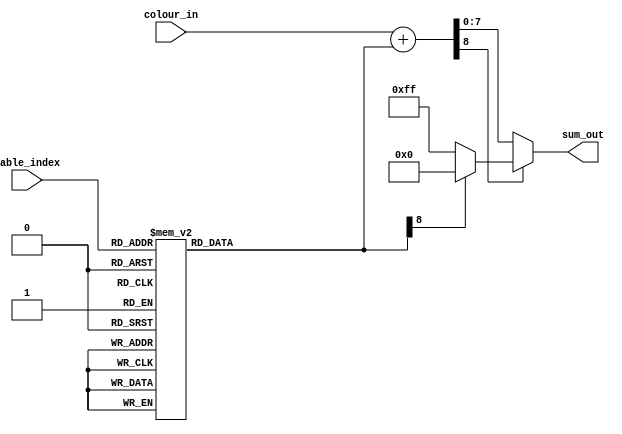
`default_nettype none

module etc1_sat_add
  (
   input [4:0]  table_index,
   input [7:0]  colour_in,
   output [7:0] sum_out);

   reg [8:0]    table_colour;

   always @(*) begin
      case(table_index)
        5'd0: table_colour = 9'd2;
        5'd1: table_colour = 9'd8;
        5'd2: table_colour = 9'd510;
        5'd3: table_colour = 9'd504;
        5'd4: table_colour = 9'd5;
        5'd5: table_colour = 9'd17;
        5'd6: table_colour = 9'd507;
        5'd7: table_colour = 9'd495;
        5'd8: table_colour = 9'd9;
        5'd9: table_colour = 9'd29;
        5'd10: table_colour = 9'd503;
        5'd11: table_colour = 9'd483;
        5'd12: table_colour = 9'd13;
        5'd13: table_colour = 9'd42;
        5'd14: table_colour = 9'd499;
        5'd15: table_colour = 9'd470;
        5'd16: table_colour = 9'd18;
        5'd17: table_colour = 9'd60;
        5'd18: table_colour = 9'd494;
        5'd19: table_colour = 9'd452;
        5'd20: table_colour = 9'd24;
        5'd21: table_colour = 9'd80;
        5'd22: table_colour = 9'd488;
        5'd23: table_colour = 9'd432;
        5'd24: table_colour = 9'd33;
        5'd25: table_colour = 9'd106;
        5'd26: table_colour = 9'd479;
        5'd27: table_colour = 9'd406;
        5'd28: table_colour = 9'd47;
        5'd29: table_colour = 9'd183;
        5'd30: table_colour = 9'd465;
        5'd31: table_colour = 9'd329;
      endcase
   end

   wire [8:0] colour_in_ext;
   reg [8:0]  sums;
   reg [7:0]  sum;

   // 0 extend - colour_in is _unsigned_!
   assign colour_in_ext = { 1'b0, colour_in };

   always @(*) begin
      sums = colour_in_ext + table_colour; // 9+9 => 9 sum
      if (sums[8] == 1'b0) // as color_in is always 'positive', a 'negative' sum must be due to over/underflow.
        sum = sums[7:0];  // truncate sum back to 8 bits.
      else
        if (table_colour[8] == 1'b0)
          sum = 8'd255;
        else
          sum = 8'd0;
   end

   assign sum_out = sum;
endmodule


module etc1_decode
  (
   input         clk,
   input         reset,
   input [63:0]  block,
   input [1:0]   x,
   input [1:0]   y,
   output [23:0] pixel);

   wire [32:0]   palette;

   assign palette = block[63:32];

   // diffbit 0
   // 4:4:4 => 8:8:8
   wire [23:0]   base0_non_diff = { palette[31:28], palette[31:28], palette[23:20], palette[23:20], palette[15:12], palette[15:12] };
   wire [23:0]   base1_non_diff = { palette[27:24], palette[27:24], palette[19:16], palette[19:16], palette[11:8],  palette[11:8] };

   // diffbit 1
   // 5:5:5
   wire [14:0]   base0_diff = { palette[31:27], palette[23:19], palette[15:11] };
   wire [23:0]   base0_diff_expanded = { base0_diff[14:10], base0_diff[14:12], base0_diff[9:5], base0_diff[9:7], base0_diff[4:0], base0_diff[4:2] };

   wire [8:0]    weights = { palette[26:24], palette[18:16], palette[10:8] }; // maybe roll into base1_diff...
   wire [14:0]   base1_diff = { base0_diff[14:10] + { weights[8], weights[8], weights[8:6] },
                                base0_diff[9:5] + { weights[5], weights[5], weights[5:3] },
                                base0_diff[4:0] + { weights[2], weights[2], weights[2:0] } };
   wire [23:0]   base1_diff_expanded = { base1_diff[14:10], base1_diff[14:12], base1_diff[9:5], base1_diff[9:7], base1_diff[4:0], base1_diff[4:2] };

   wire [23:0]   base0 = palette[1] ? base0_diff_expanded : base0_non_diff;
   wire [23:0]   base1 = palette[1] ? base1_diff_expanded : base1_non_diff;

   wire [7:0]    palette0_r;
   wire [7:0]    palette0_g;
   wire [7:0]    palette0_b;

   wire [4:0]    block_index   = {1'b0, x, y};
   wire [2:0]    index = {palette[0] ? y[1] : x[1], block[block_index | 16], block[block_index]};

   wire [4:0]    intensity_index = { index[2] ? palette[5:2] : palette[7:5], index[1:0] }; // 0,0 is actually j in c

   etc1_sat_add add0_r (intensity_index, index[2] ? base1[23:16] : base0[23:16], palette0_r);
   etc1_sat_add add0_g (intensity_index, index[2] ? base1[15:8] : base0[15:8], palette0_g);
   etc1_sat_add add0_b (intensity_index, index[2] ? base1[7:0] : base0[7:0], palette0_b);

   assign pixel = { palette0_r, palette0_g, palette0_b };
endmodule